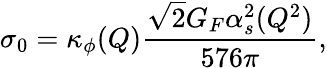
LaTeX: \sigma_{0}=\kappa_{\phi}(Q){\frac{\sqrt{2}G_{F}\alpha_{s}^{2}(Q^{2})}{576\pi}},